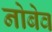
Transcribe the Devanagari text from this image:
नोबेव